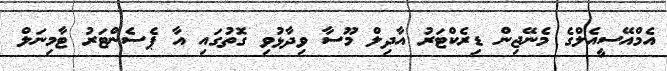
އެމްއޭސީއެލްގެ މެނޭޖިން ޑިރެކްޓަރު އާދިލް މޫސާ ވިދާޅުވި ގޮތުގައި އާ ޕެސެންޓަރު ޓާމިނަލް